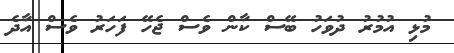
މުޅި އުމުރު ދުވަހު ބޭސް ކާން ވެސް ޖެހޭ ފަހަރު ވެސް އާދެ